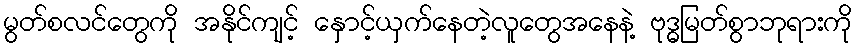
မွတ်စလင်တွေကို အနိုင်ကျင့် နှောင့်ယှက်နေတဲ့လူတွေအနေနဲ့ ဗုဒ္ဓမြတ်စွာဘုရားကို